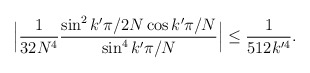
\begin{align*}\Big|\frac{1}{32 N^4}\frac{ \sin^2 k' \pi/2N \cos k' \pi/N}{ \sin^4 k' \pi/N}\Big|\leq \frac{1}{512 k'^4}.\end{align*}